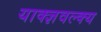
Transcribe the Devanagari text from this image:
याक्ज्ञवल्क्य